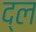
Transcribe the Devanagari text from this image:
द्ल